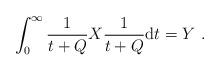
LaTeX: \begin{align*}\int_0^\infty \frac{1}{t +Q} X \frac{1}{t +Q}{\rm d}t = Y\ .\end{align*}